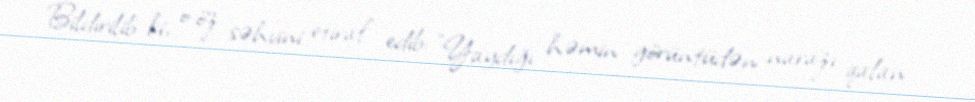
Bildirilib ki, o öz səhvini etiraf edib: "Yaydığı həmin görüntüdən narazı qalan